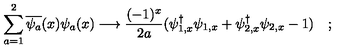
\sum _ { a = 1 } ^ { 2 } \overline { { \psi _ { a } } } ( x ) \psi _ { a } ( x ) \longrightarrow \frac { ( - 1 ) ^ { x } } { 2 a } ( \psi _ { 1 , x } ^ { \dagger } \psi _ { 1 , x } + \psi _ { 2 , x } ^ { \dagger } \psi _ { 2 , x } - 1 ) \quad ;